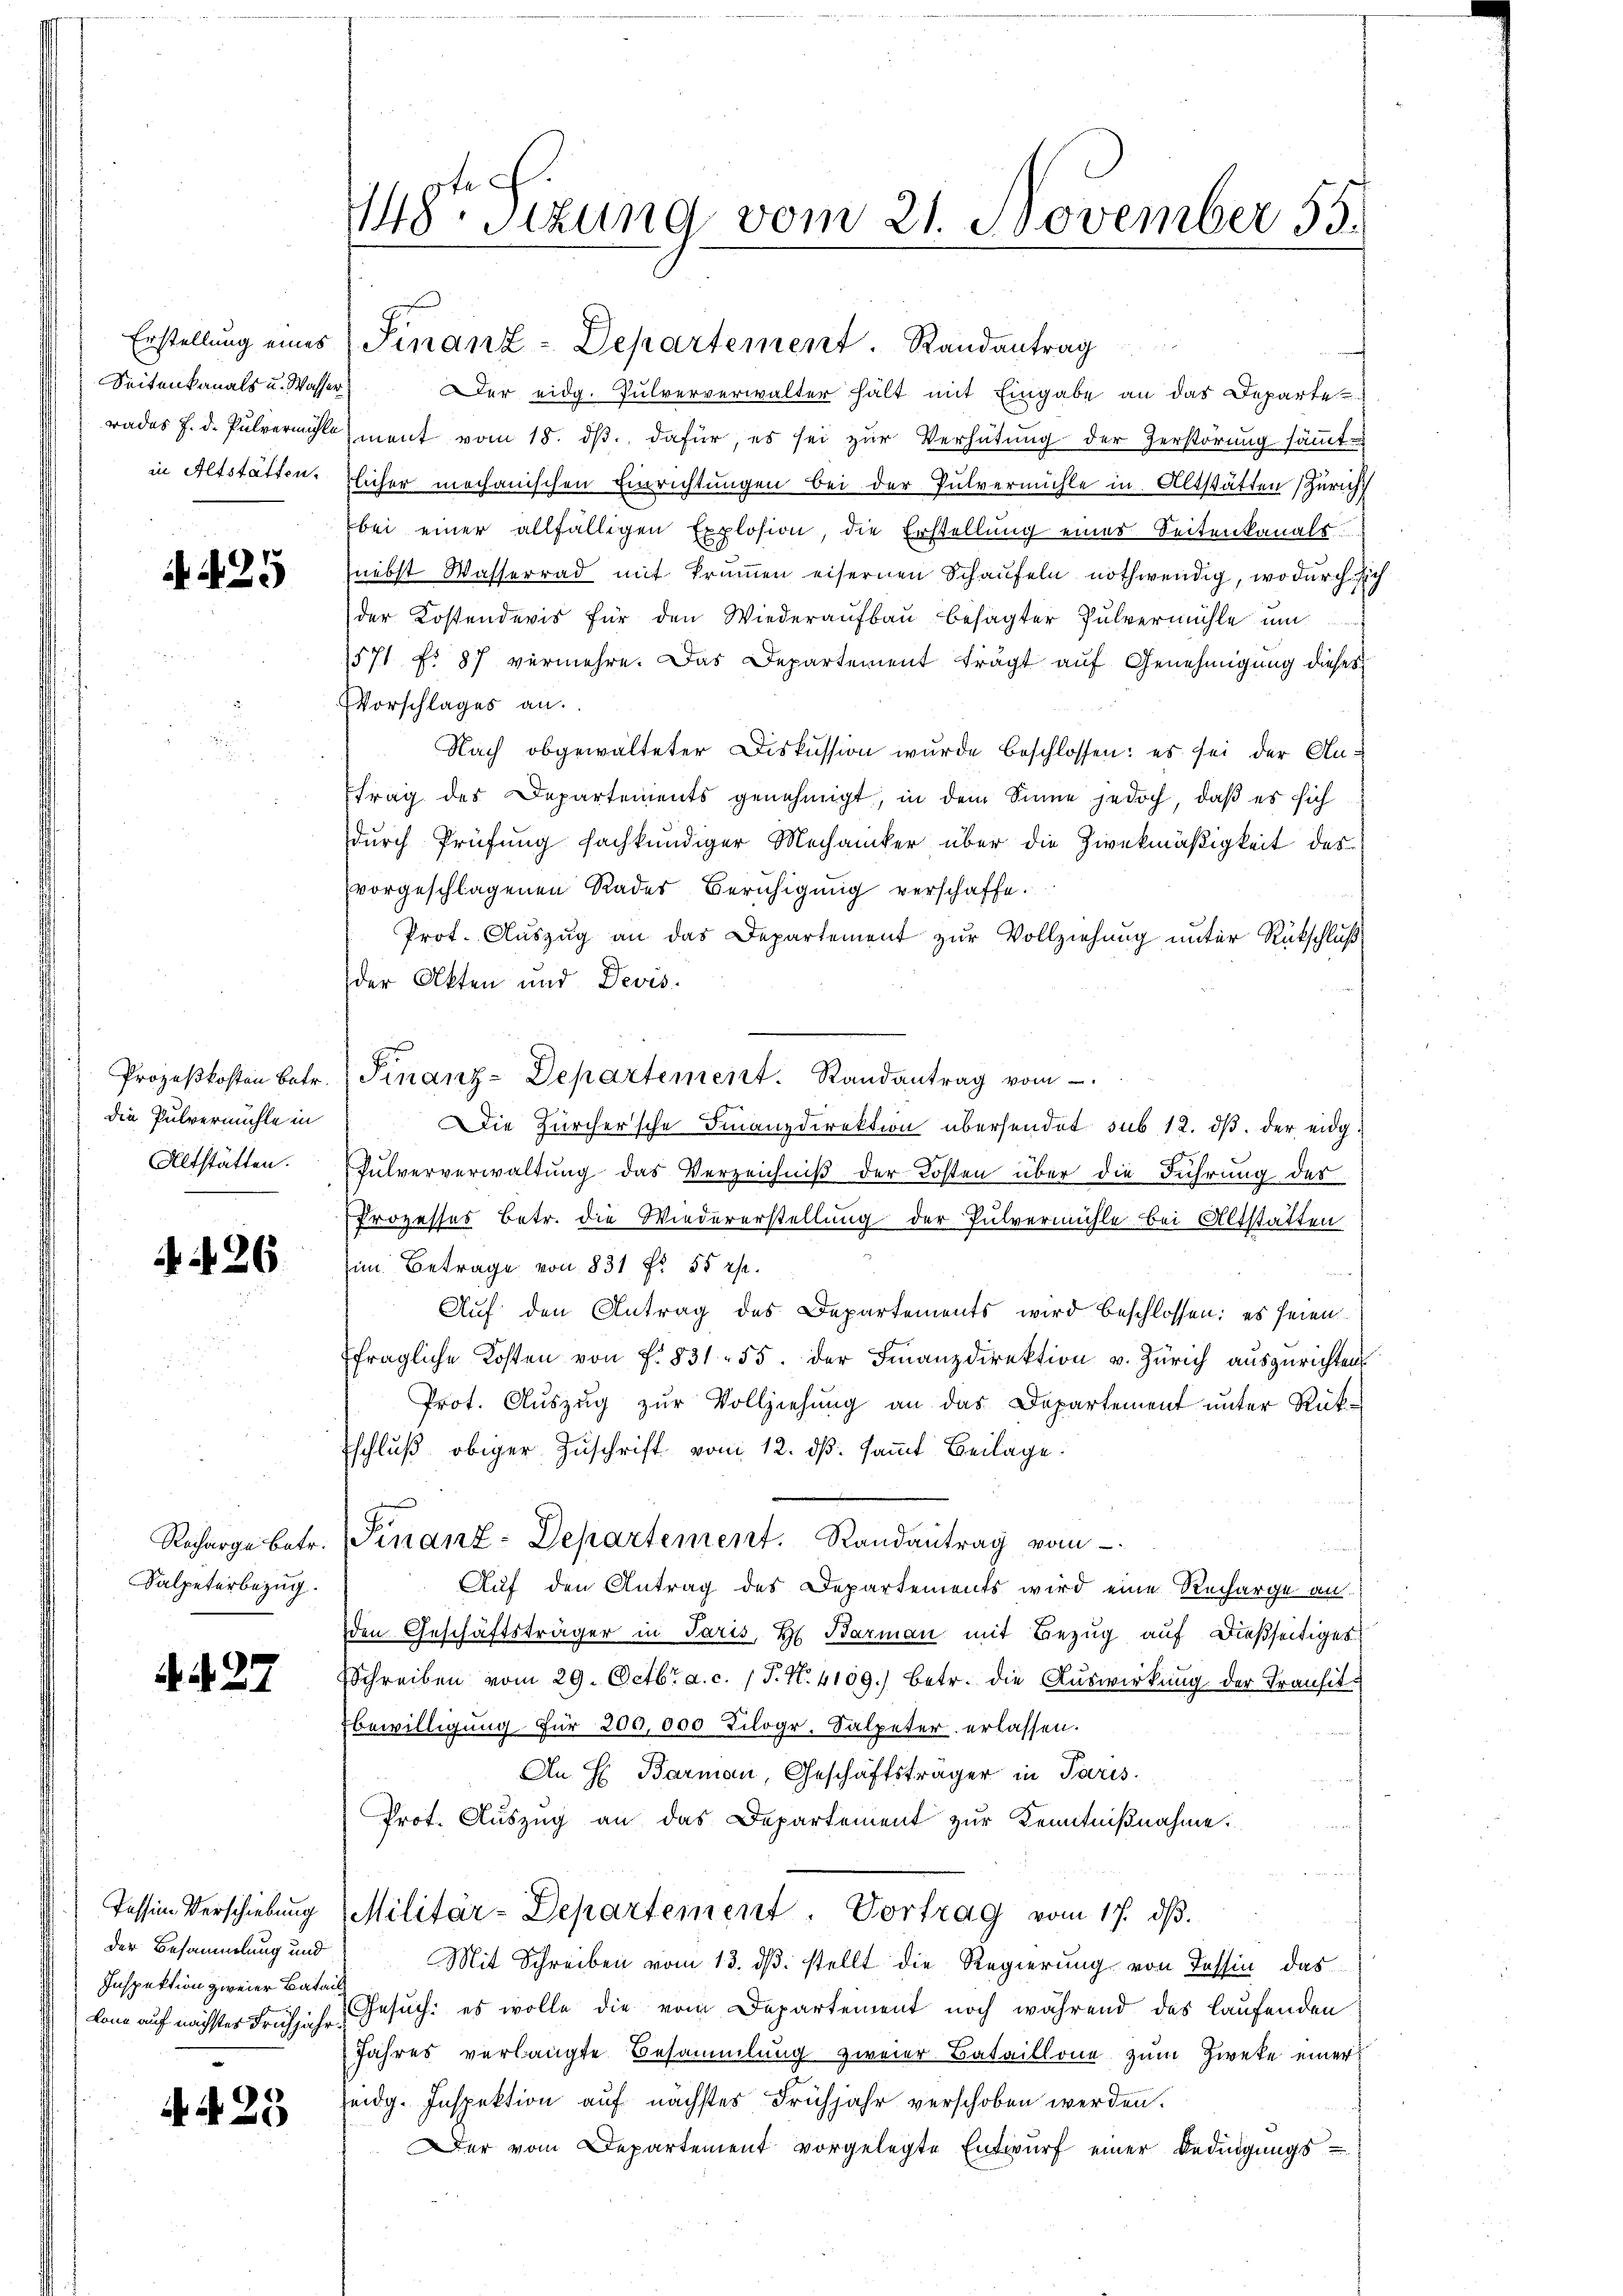
Seitenkanals u. Wasser

4425

die Pulvermühle in
Altstätten.

A 26

Salpeterbezug.

. N. 27

der Besammlung und
Inspektion zweier Batail

4425

Erstellŭng eines Finanz-Departement. Randantrag
er eidg. Pulververwalter halt mit Eingabe an das Departe
rades 7. d. Pulvermahls ment vom 18. dβ dafür, es sei zur Verhütung der Zerstörung sämmt-
in Altstätten. Eicher mechanischen Einrichtungen bei der Pulvermühle in Altstätten (Züricht
bei einer allfälligen Explosion, die Erstellung eines Seitenkanals
nebst Wasserrad mit Trummen eisernen Schaufeln nothwendig, wodurch sich
der Kostendevis für den Wiederaufbau besagter Pulvermühle um
1571 f. 87 vermehre. Das Departement trägt auf Genehmigung dieses
VVorschlages an.
Nach obgewalteter Diskussion wurde beschlossen: es sei der Antrag des Departements genehmigt, in dem Sinne jedoch, daß es sich
durch Prüfung fachkundiger Mechaniker über die Zwekmäßigkeit des
vorgeschlagenen Rades Beruhigung verschaffe.
Prot. Auszug an das Departement zur Vollziehung unter Rückschluß
der Akten und Devis
Prozeßkosten betr. Finanz-Departement. Randantrag vom
Die Zürchersche Finanzdirektion übersendet sub 12. dβ der eidg.
Fulververwaltung das Verzeichniß der Kosten über die Führung des
Prozesses Betr. die Wiedererstellung der Pulvermühle bei Altstatten
im Betrage von 831 f. 55 rp.

Auf den Antrag des Departements wird beschlossen: es seien
fragliche Kosten von f. 831. 55. der Finanzdirektion v. Zürich auszurichten
Prot. Auszug zur Vollziehung an das Departement unter Rük¬
Eschluß obiger Zuschrift vom 12. ds. samt Beilage
Recharge betr. Finanz-Departement. Randantrag vom
Auf den Antrag des Departements wird eine Recharge an.
den Geschäftsträger in Paris, H. Barman mit Bezug auf dießseitiges
Schreiben vom 29. Octbr. a. c. (T. N. 4109.) betr. die Auswirkung der Transitbewilligung für 200,000 Kilogr. Salpeter erlassen.
An H Barmann, Geschäftsträger in Paris.
Prot. Auszug an das Departement zur Kenntnißnahme.
Tessin Verschiebung Militär-Departement. Vortrag vom 17. dβ.
Mit Schreiben vom 13. ds. stellt die Regierung von Tessin, das
kann auf nächster Frühjahr Gesuch, es wolle die vom Departement noch während des laufenden
Jahres verlangte Besammlung zweier Bataillone zum Zweke einer
seidg. Inspektion auf nächstes Frühjahr verschoben werden.
Der vom Departement vorgelegte Entwurf einer Bedingungs-

148te Sizung vom 21. November 55.